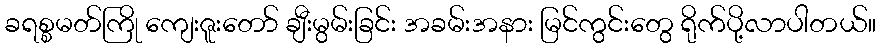
ခရစ္စမတ်ကြို ကျေးဇူးတော် ချီးမွမ်းခြင်း အခမ်းအနား မြင်ကွင်းတွေ ရိုက်ပို့လာပါတယ်။